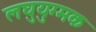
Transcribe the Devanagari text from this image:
लघुयुग्मक